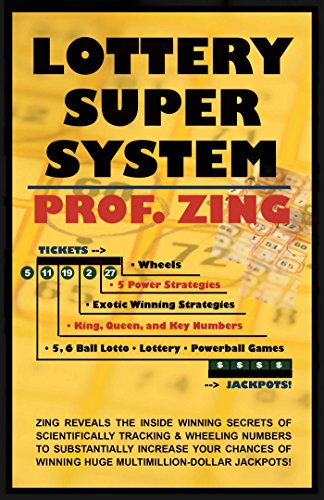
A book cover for Lottery Super System; Professor Zing; Humor & Entertainment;